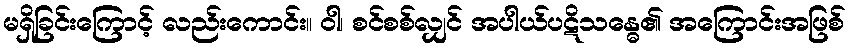
မရှိခြင်းကြောင့် လည်းကောင်း။ ဝါ၊ စင်စစ်လျှင် အပါယ်ပဋိသန္ဓေ၏ အကြောင်းအဖြစ်